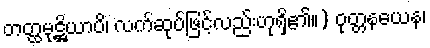
တတ္ထမုဋ္ဌိယာပိ၊ လက်ဆုပ်ဖြင့်လည်းဟုရှိ၏။) ဝုတ္တနယေန၊